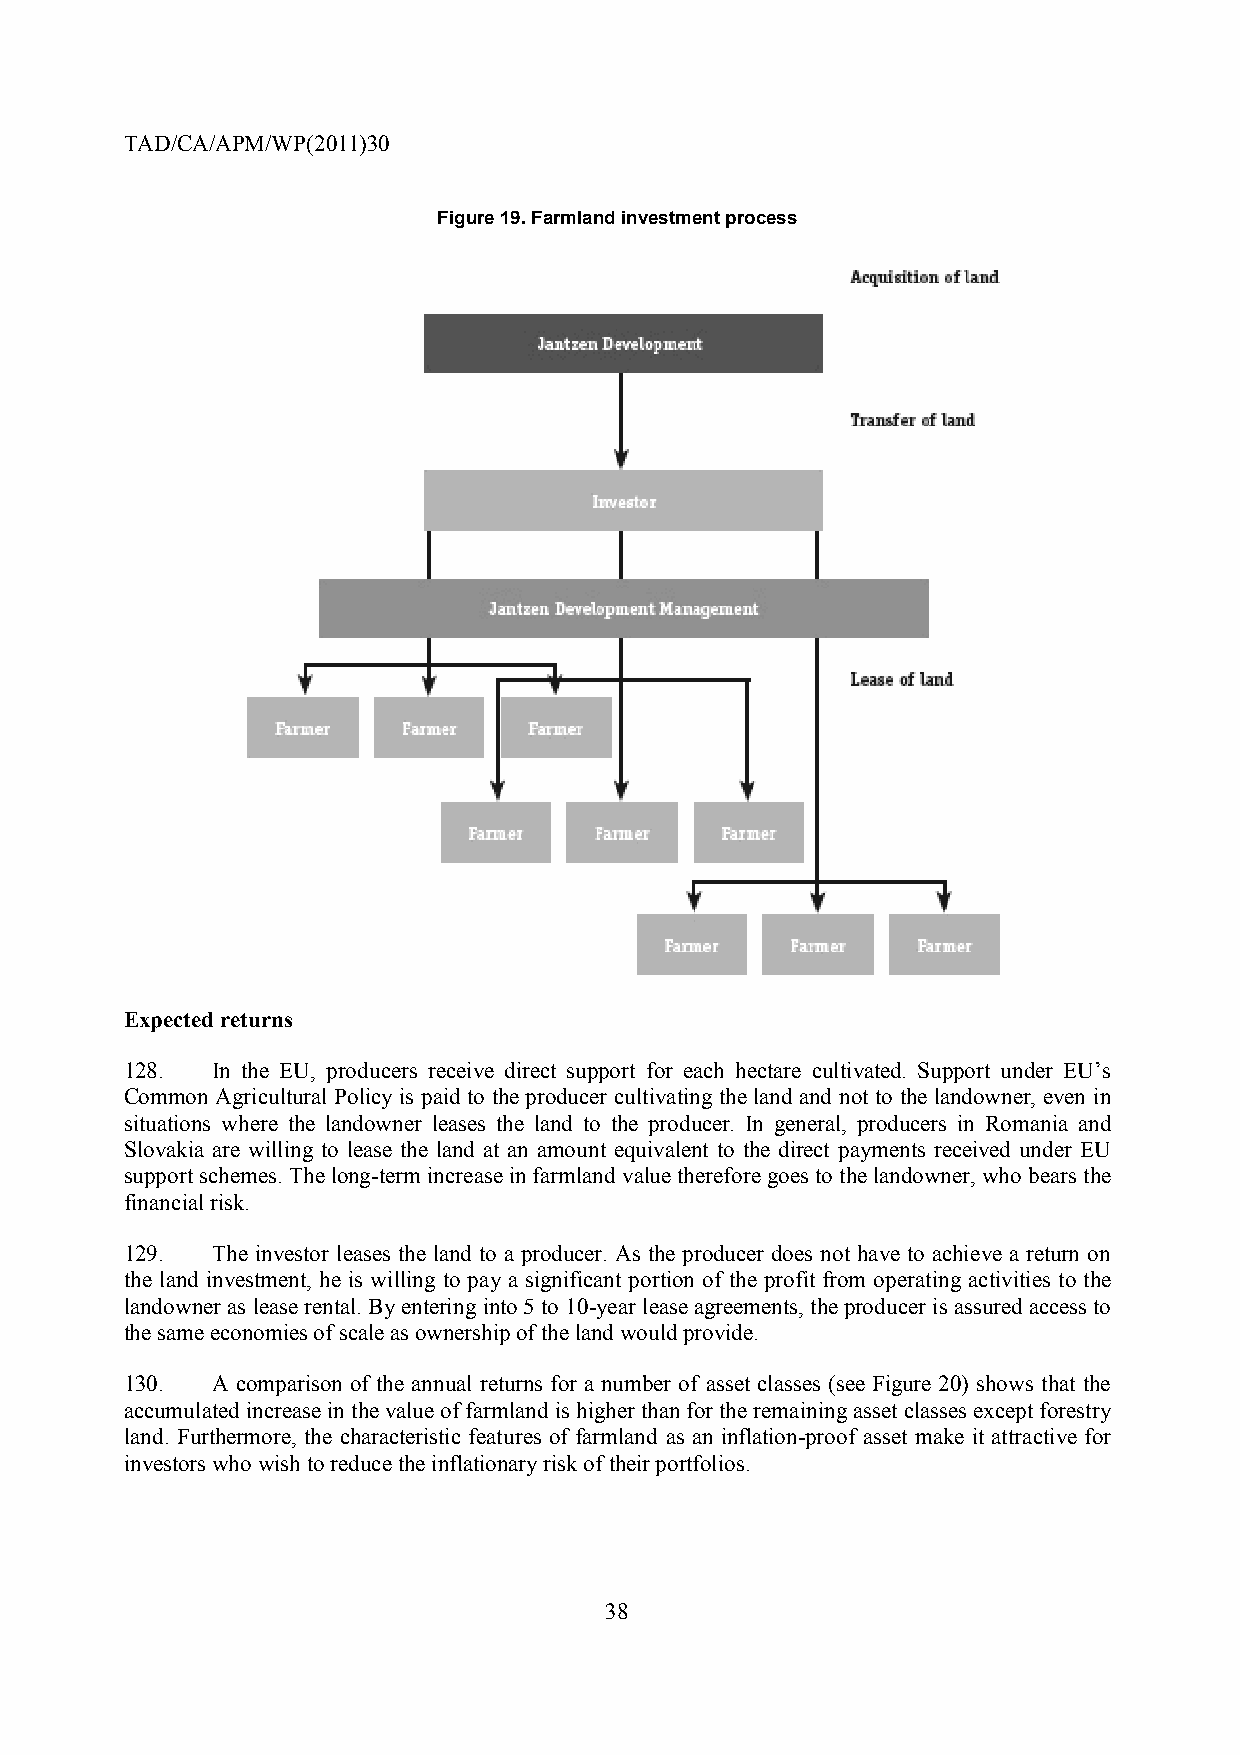
TAD/CA/APM/WP(2011)30
 Figure 19. Farmland investment process
 Expected returns
 128.  In the EU, producers receive direct support for each hectare cultivated. Support under EU’s
 Common Agricultural Policy is paid to the producer cultivating the land and not to the landowner, even in
 situations where the landowner leases the land to the producer. In general, producers in Romania and
 Slovakia are willing to lease the land at an amount equivalent to the direct payments received under EU
 support schemes. The long-term increase in farmland value therefore goes to the landowner, who bears the
 financial risk.
 129.  The investor leases the land to a producer. As the producer does not have to achieve a return on
 the land investment, he is willing to pay a significant portion of the profit from operating activities to the
 landowner as lease rental. By entering into 5 to 10-year lease agreements, the producer is assured access to
 the same economies of scale as ownership of the land would provide.
 130.  A comparison of the annual returns for a number of asset classes (see Figure 20) shows that the
 accumulated increase in the value of farmland is higher than for the remaining asset classes except forestry
 land. Furthermore, the characteristic features of farmland as an inflation-proof asset make it attractive for
 investors who wish to reduce the inflationary risk of their portfolios.
 38